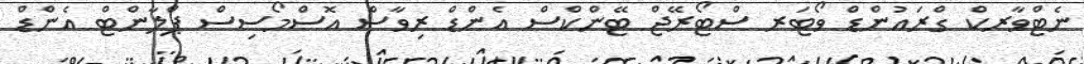
ނެޓްވާރކް ގްރައުންޑް ވޯޓަރ ސްޓޯރޭޖް ޓޭންކްސް އެންޑް ރިވާސް އޮސްމޯސިސް ޕްލާންޓް އެންޑް